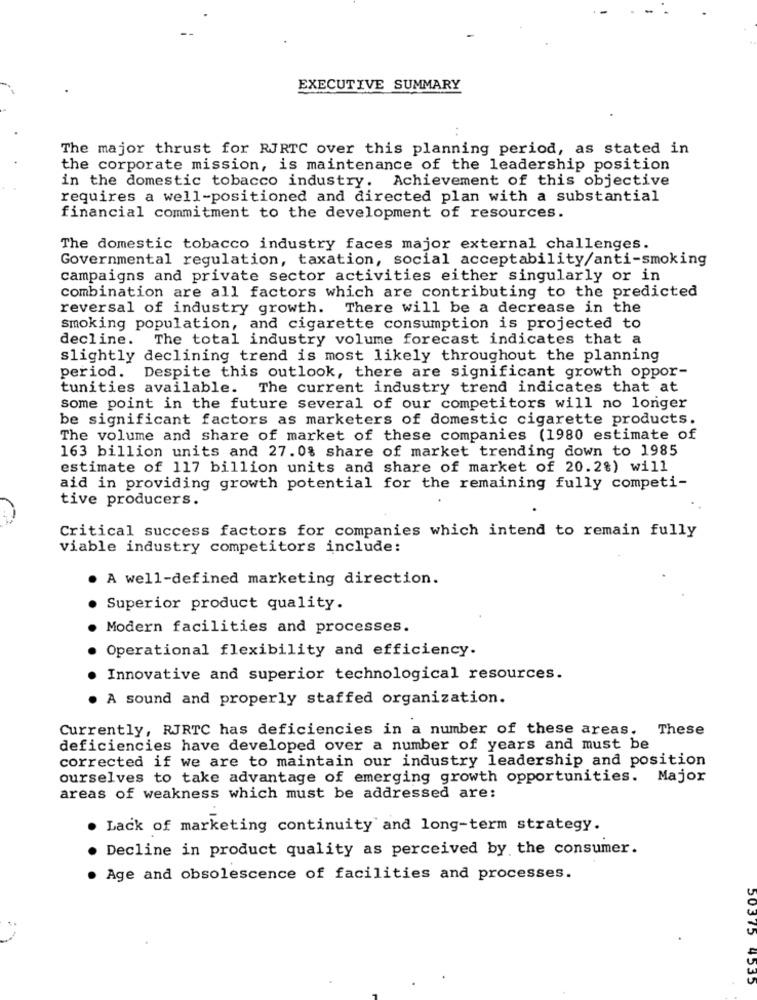
EXECUTIVE SUMMARY
The major thrust for RJRTC over this planning period, as stated in
the corporate mission, is maintenance of the leadership position
in the domestic tobacco industry. Achievement of this objective
requires a well-positioned and directed plan with a substantial
financial commitment to the development of resources.
The domestic tobacco industry faces major external challenges.
Governmental regulation, taxation, social acceptability/anti-smoking
campaigns and private sector activities either singularly or in
combination are all factors which are contributing to the predicted
reversal of industry growth. There will be a decrease in the
smoking population, and cigarette consumption is projected to
decline. The total industry volume forecast indicates that a
slightly declining trend is most likely throughout the planning
period. Despite this outlook, there are significant growth oppor-
tunities available. The current industry trend indicates that at
some point in the future several of our competitors will no longer
be significant factors as marketers of domestic cigarette products.
The volume and share of market of these companies (1980 estimate of
163 billion units and 27.0% share of market trending down to 1985
estimate of 117 billion units and share of market of 20.2%) will
aid in providing growth potential for the remaining fully competi-
tive producers.
Critical success factors for companies which intend to remain fully
viable industry competitors include:
. A well-defined marketing direction.
Superior product quality.
Modern facilities and processes.
Operational flexibility and efficiency.
Innovative and superior technological resources.
. A sound and properly staffed organization.
Currently, RJRTC has deficiencies in a number of these areas. These
deficiencies have developed over a number of years and must be
corrected if we are to maintain our industry leadership and position
ourselves to take advantage of emerging growth opportunities. Major
areas of weakness which must be addressed are:
Lack of marketing continuity and long-term strategy.
Decline in product quality as perceived by the consumer.
Age and obsolescence of facilities and processes.
50375 4535